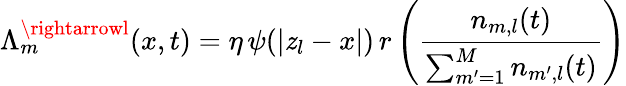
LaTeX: \Lambda_{m}^{\rightarrowl}(x,t)=\eta\, \psi(|\mathit{z}_{l}-x|)\, r\left(\frac{{n_{m,l}(t)}}{{\sum_{m^{\prime}=1}^{M}n_{m^{\prime},l}(t)}}\right)